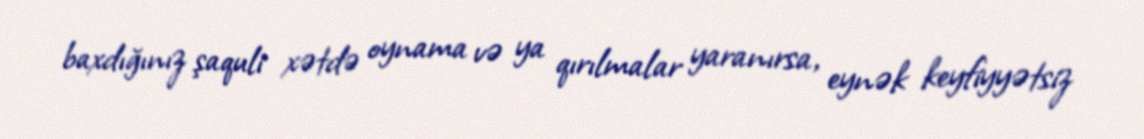
baxdığınız şaquli xətdə oynama və ya qırılmalar yaranırsa, eynək keyfiyyətsiz